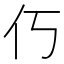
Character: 𫢆